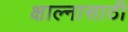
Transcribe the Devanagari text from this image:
क्षाल्नासाठी